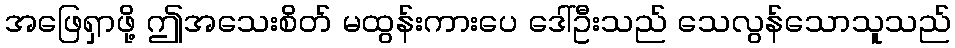
အဖြေရှာဖို့ ဤအသေးစိတ် မထွန်းကားပေ ဒေါ်ဦးသည် သေလွန်သောသူသည်